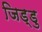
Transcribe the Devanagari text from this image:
जिड्डु